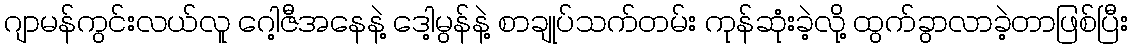
ဂျာမန်ကွင်းလယ်လူ ဂေါ့ဇီအနေနဲ့ ဒေါ့မွန်နဲ့ စာချုပ်သက်တမ်း ကုန်ဆုံးခဲ့လို့ ထွက်ခွာလာခဲ့တာဖြစ်ပြီး